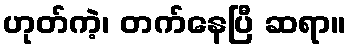
ဟုတ်ကဲ့၊ တက်နေပြီ ဆရာ။